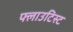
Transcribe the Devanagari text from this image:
फ्लाउटिस्ट